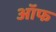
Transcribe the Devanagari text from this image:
ऑफ